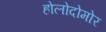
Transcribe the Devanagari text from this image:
होलोदोमोर